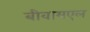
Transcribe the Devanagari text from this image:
बीवायएल